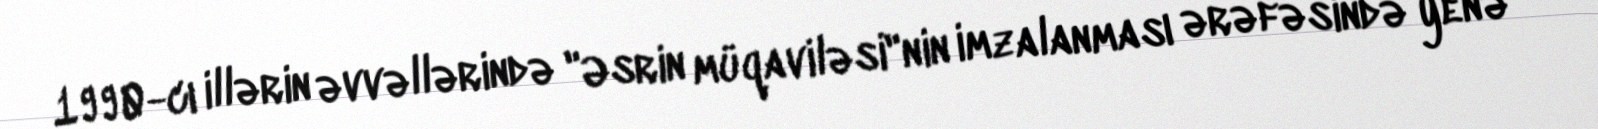
1990-cı illərin əvvəllərində "Əsrin müqaviləsi"nin imzalanması ərəfəsində yenə